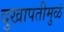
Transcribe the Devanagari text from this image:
दुखापतीमुळं